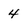
Character: 4